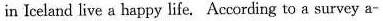
in Iceland live a happy life. According to a survey a-